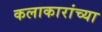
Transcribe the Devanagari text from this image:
कलाकारांच्‍या